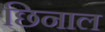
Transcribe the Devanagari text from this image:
छिनाल